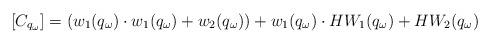
LaTeX: \begin{align*}[C_{q_{\omega}}]=(w_1(q_{\omega})\cdot w_1(q_{\omega})+ w_2(q_{\omega}))+w_1(q_{\omega})\cdot HW_1(q_{\omega})+HW_2(q_{\omega})\end{align*}